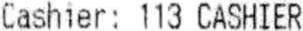
CASHIER : 113 CASHIER